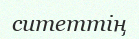
ситеттің